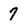
Character: 7